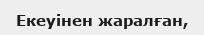
Екеуінен жаралған,